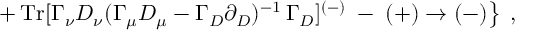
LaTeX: \left. + \, \mathrm { T r } [ \Gamma _ { \nu } D _ { \nu } ( \Gamma _ { \mu } D _ { \mu } - \Gamma _ { D } \partial _ { D } ) ^ { - 1 } \, \Gamma _ { D } ] ^ { ( - ) } \; - \; ( + ) \to ( - ) \right\} \; ,